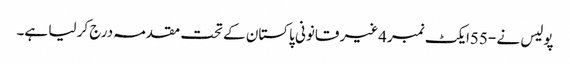
پولیس نے -55ایکٹ نمبر4غیر قانونی پاکستان کے تحت مقدمہ درج کر لیا ہے۔